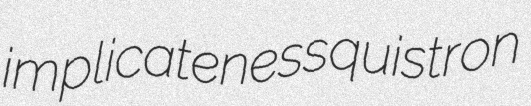
implicateness quistron